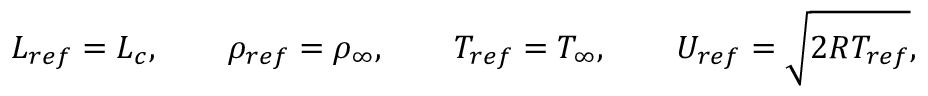
{ L _ { r e f } } = { L _ { c } } , { \qquad } { \rho _ { r e f } } = { \rho _ { \infty } } , { \qquad } { T _ { r e f } } = { T _ { \infty } } , { \qquad } { U _ { r e f } } = \sqrt { 2 R { T _ { r e f } } } ,